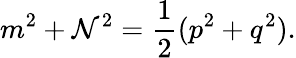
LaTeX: m^{2}+\mathcal{N}^{2}={\frac{{1}}{{2}}}(p^{2}+q^{2}).